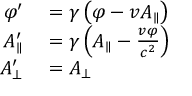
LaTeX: \begin{array} { r l } { \varphi ^ { \prime } } & { { } = \gamma \left( \varphi - v A _ { \parallel } \right) } \\ { A _ { \parallel } ^ { \prime } } & { { } = \gamma \left( A _ { \parallel } - { \frac { v \varphi } { c ^ { 2 } } } \right) } \\ { A _ { \bot } ^ { \prime } } & { { } = A _ { \bot } } \end{array}